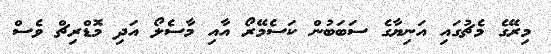
މިރޭގެ މެޗުގައި އަނިޔާގެ ސަބަބުން ކަސެމޭރޯ އާއި މާސެލޯ އަދި މޮޑްރިޗް ވެސް